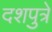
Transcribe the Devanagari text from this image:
दशपुत्रे